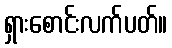
ရှားစောင်းလက်ပတ်။